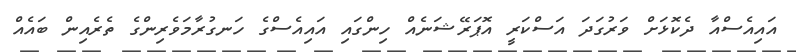
އައިއެސްއާ ދެކޮޅަށް ވަރުގަދަ އަސްކަރީ އޮޕަރޭޝަނެއް ހިންގައި އައިއެސްގެ ހަނގުރާމަވެރިންގެ ތެރެއިން ބައެއް